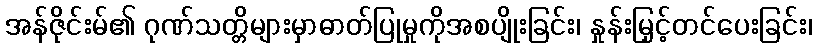
အန်ဇိုင်းမ်၏ ဂုဏ်သတ္တိများမှာဓာတ်ပြုမှုကိုအစပျိုးခြင်း၊ နှုန်းမြှင့်တင်ပေးခြင်း၊